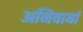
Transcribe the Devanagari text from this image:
अनिवार्या